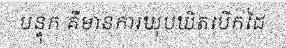
បន្ទុក គឺមានការឃុបឃិតបើកដៃ